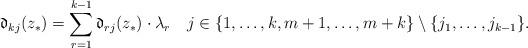
LaTeX: \begin{align*}\mathfrak{d}_{kj}(z_{\ast})=\sum_{r=1}^{k-1}\mathfrak{d}_{rj}(z_{\ast})\cdot\lambda_{r}\ \ \ j\in\{1,\hdots,k,m+1,\hdots,m+k\}\setminus\{j_1,\hdots,j_{k-1}\}. \end{align*}